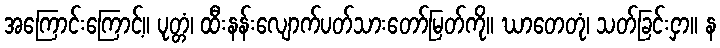
အကြောင်းကြောင့်။ ပုတ္တံ၊ ထီးနန်းလျောက်ပတ်သားတော်မြတ်ကို။ ဃာတေတုံ၊ သတ်ခြင်းငှာ။ န